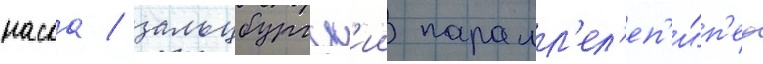
наска / зальцбургск'ии паралл'ел'еп'и́п'ед